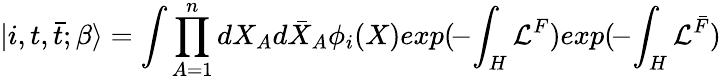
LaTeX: |i,t,{\bar{t}};\beta\rangle=\int\prod_{A=1}^{n}dX_{A}d{\bar{X}}_{A}\phi_{i}(X)exp(\! -\! \int_{H}{\cal L}^{F})exp(\! -\! \int_{H}{\cal L}^{\bar{F}})